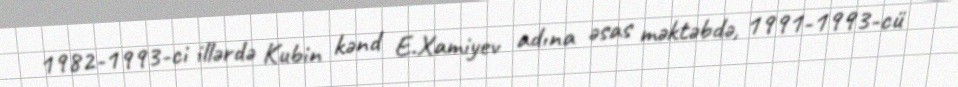
1982-1993-ci illərdə Kubin kənd E.Xamiyev adına əsas məktəbdə, 1991-1993-cü